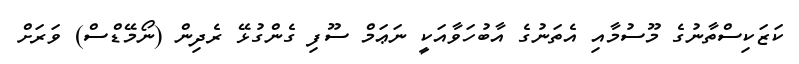
ކަޒަކިސްތާނުގެ މޫސުމާއި އެތަނުގެ އާބުހަވާއަކީ ނަޢަމް ސޫފި ގެންގުޅޭ ރެދިން (ނޯމޭޑްސް) ވަރަށް